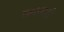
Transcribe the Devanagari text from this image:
खावडी